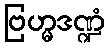
ဗြဟ္မဒဏ္ဍံ